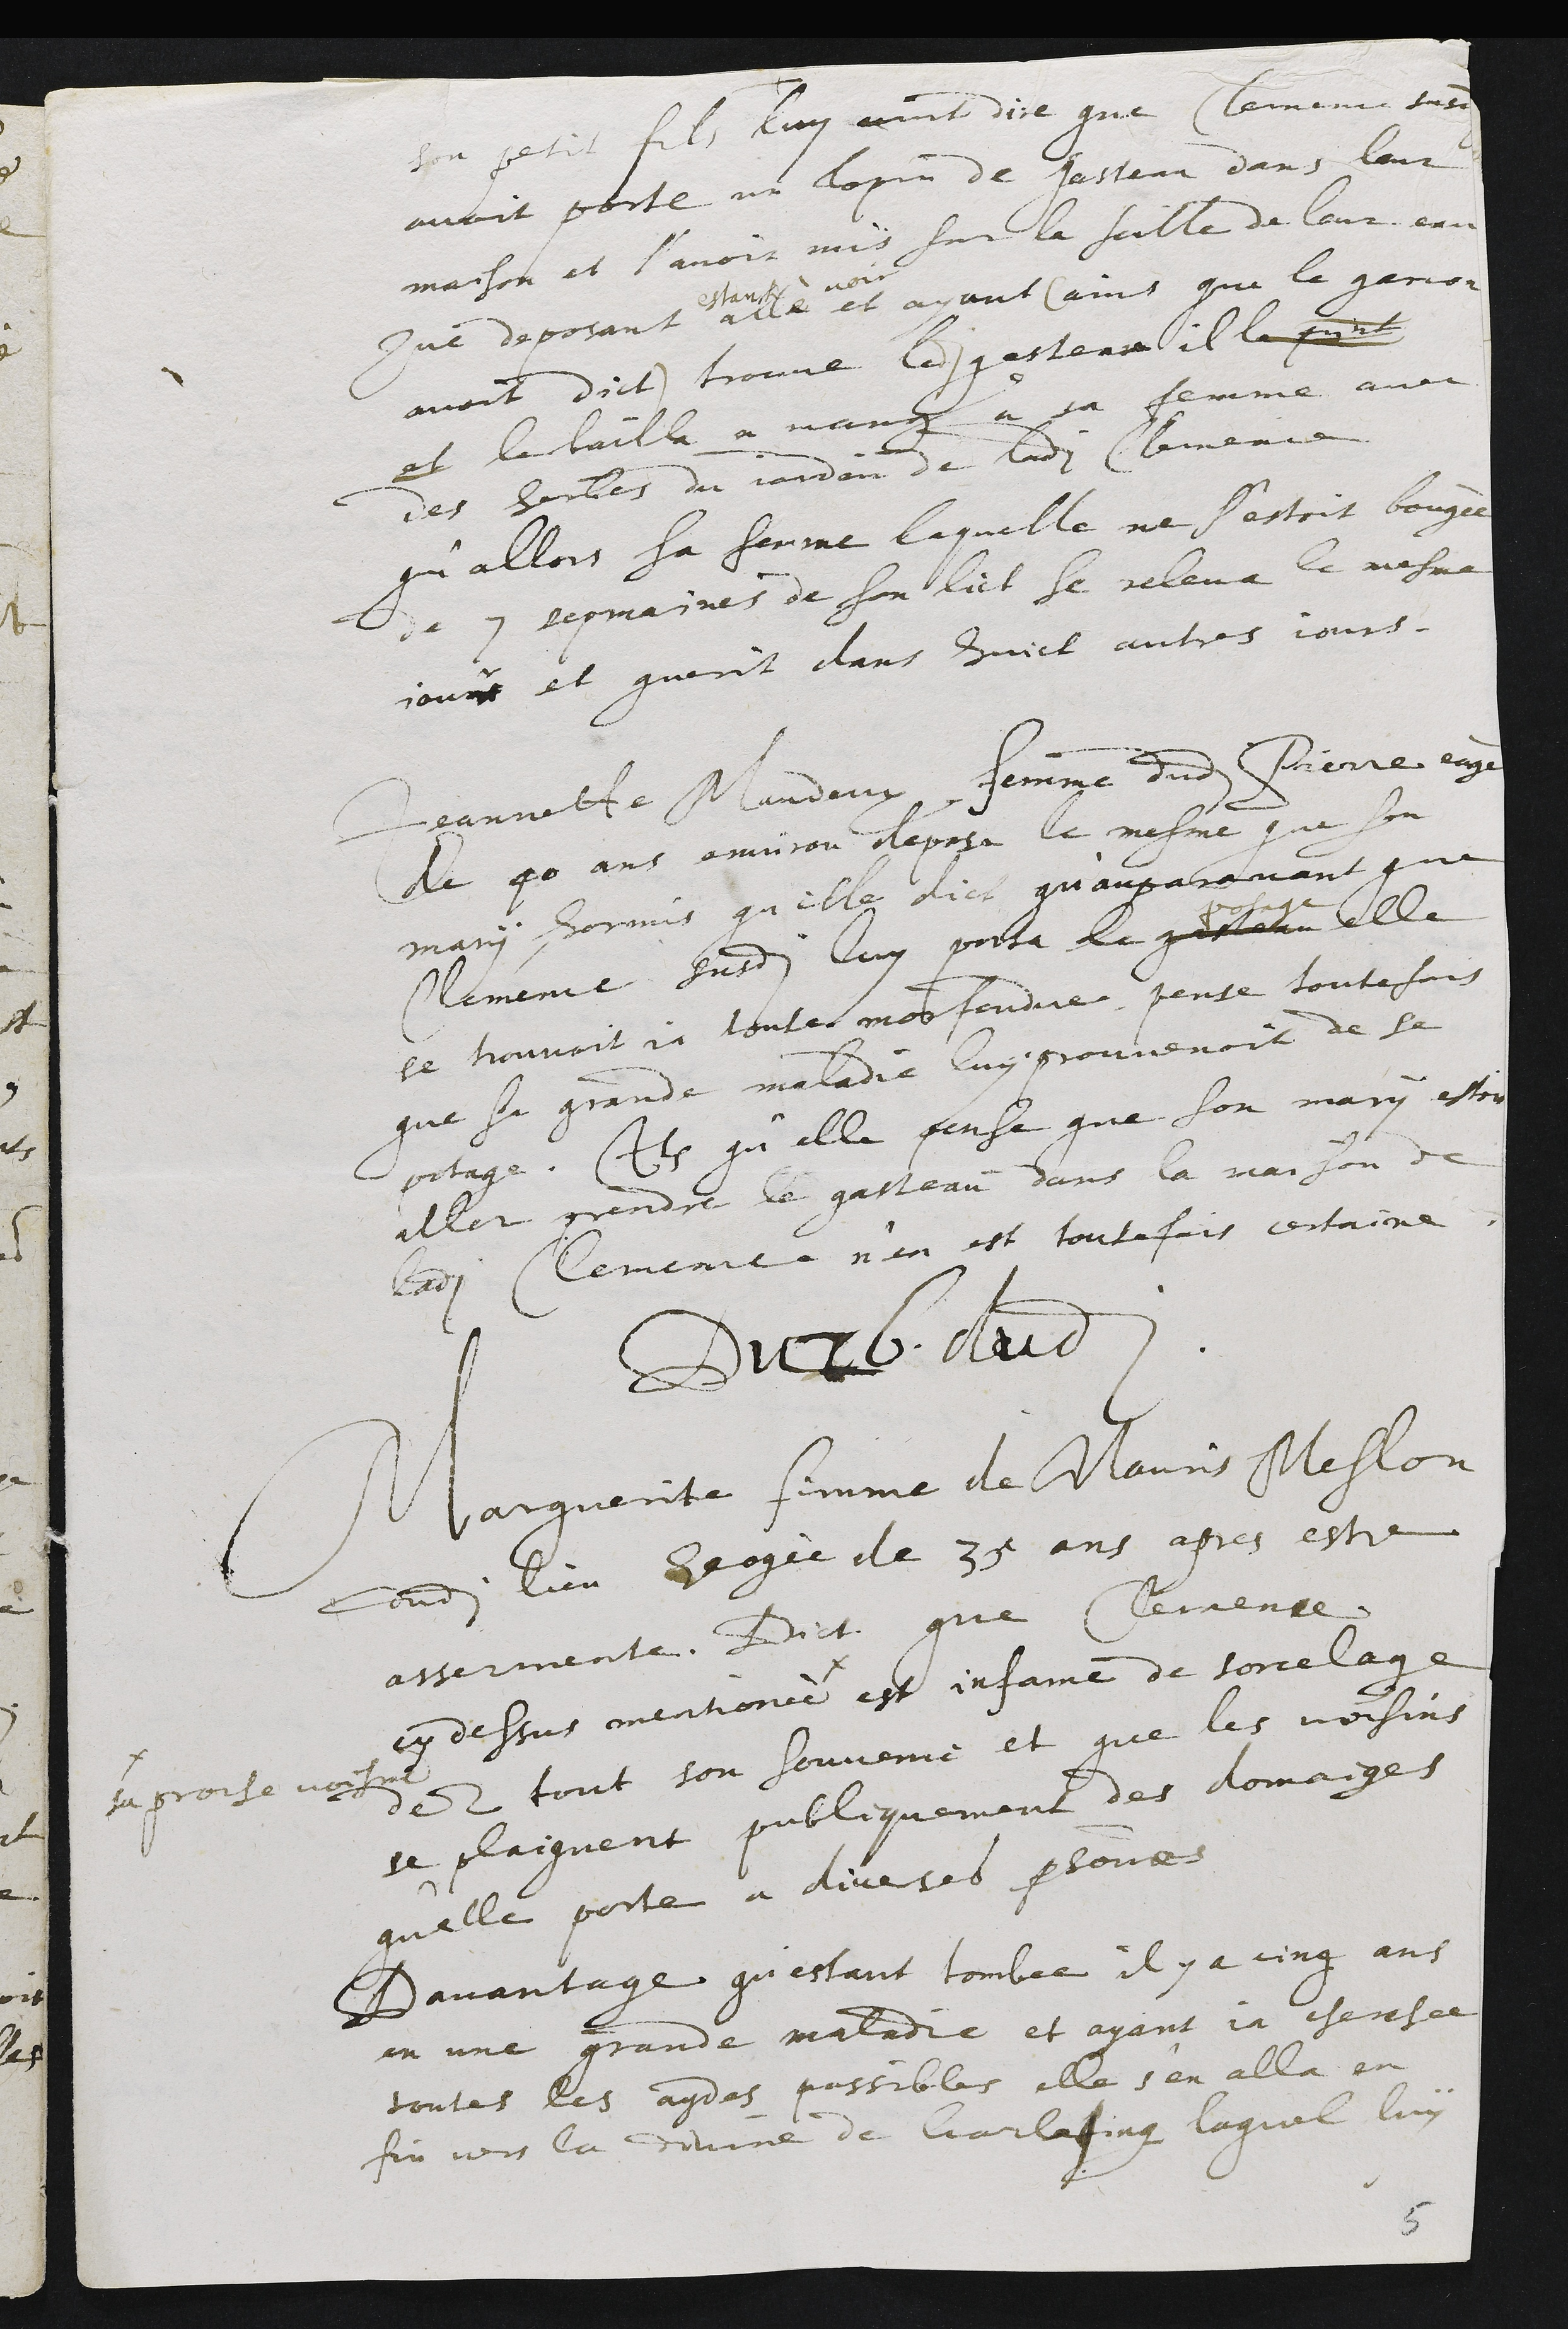
+
son petit fils luy avoit dire que Clemence susdite
avoit porte un lopin de Gasteau dans leur
maison, et l’avoir mis sur la seille de leur eau
Que deposant
estant
allé
voir
et ayant (ains que le garcon
avoit dict) trouvé ledit gasteau, il le print
et le bailla a manger a sa femme avec
des herbes du jardin de ladite Clemence,
qu’allors sa femme laquelle ne s’estoit bougée
de 7 sepmaines de son lict se releva le mesme
jour et guerit dans huict autres jours.
Jeannette Mandeux, femme dudit Pierre eagé
de 40 ans environ deposa le mesme que son
mari hormis qu’elle dict qu’auparavant que
Clemence susdite luy porta le gasteau
potage
elle
se trouvoit ja toute morfondue pense toutesfois
que si grande maladie luy provenoit de se
potage. Item qu’elle pense que son mary estoit
aller prendre le gasteau dans la maison de
ladite Clemence n’en est toutefois certaine
Du 26 dudit
Marguerite femme de Mauris Meslon
dudit lieu heagée de 35 ans apres estre
assermente Dict que Clemence
cy dessus mentionee
#
#
sa proche voisine
est infame de sorcelage
dez tout son souvenie et que les voisins
se plaignent publiquement des domaiges
qu’elle porte a diverses personnes
Davantage qu’estant tombee, il y a cinq ans
en une grande maladie et ayant ja cherchee
toutes les aydes possibles elle s’en alla en
fin vers la divine de Garlafing, laquel luy